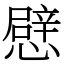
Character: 憵